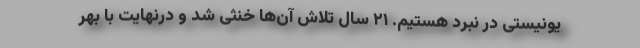
یونیستی در نبرد هستیم. ۲۱ سال تلاش آن‌ها خنثی شد و درنهایت با بهر